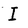
Character: I